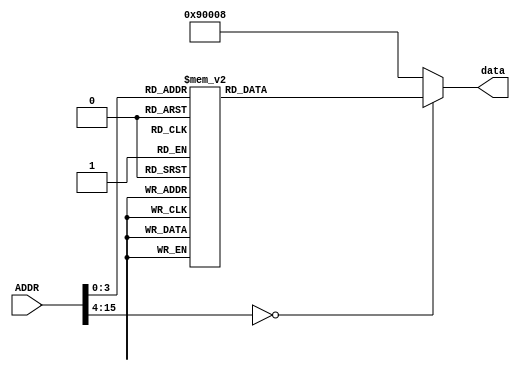
`timescale 1ns / 1ps
//////////////////////////////////////////////////////////////////////////////////
//Prosta pami asynchroniczna zaimplementowana przy wykorzystaniu wyraenia case
//////////////////////////////////////////////////////////////////////////////////


module ROM #(parameter ROM_WIDTH = 21)(
        input [15:0] ADDR,
        output reg [ROM_WIDTH-1:0] data
    );
    

   
//Zmiana na wejciu ADDR powoduje zmien danej na magistrali wyjciowej

//program wpisuje do pierwszych 3 komrek pamici liczby 1, 2, 3 a nastpnie przepisuje je kolejno do akumulatora  
always @(*)
   case (ADDR)
4'b0000: data <= 21'b111010000000000000001;
4'b0001: data <= 21'b110100000000000000000;
4'b0010: data <= 21'b111010000000000000010;
4'b0011: data <= 21'b110100000000000000001;
4'b0100: data <= 21'b111010000000000000011;
4'b0101: data <= 21'b110100000000000000010;
4'b0110: data <= 21'b111100000000000000000;
4'b0111: data <= 21'b111100000000000000001;
4'b1000: data <= 21'b111100000000000000010;
4'b1001: data <= 21'b010010000000000001001;
default: data <= 21'b010010000000000001000;
   endcase

endmodule